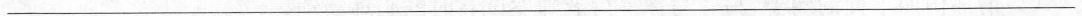
___